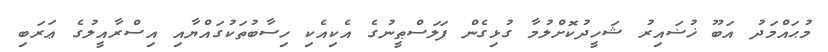
މުޙައްމަދު އަބޫ ޚުޟައިރު ޝަހީދުކޮށްލުމާ ގުޅިގެން ފަލަސްޠީނުގެ އެކިއެކި ހިސާބުތަކުގައްޔާއި އިސްރާއީލުގެ ޢަރަބި